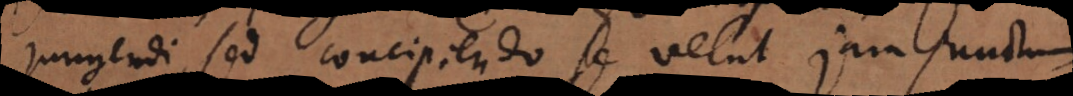
jungendi, sed concipiendo se velut jam junctum